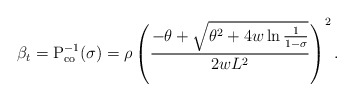
\begin{align*} \beta_t = \textrm{P}_\textrm{co}^{-1}(\sigma) = \rho \left( \frac{-\theta + \sqrt{\theta^2 + 4 w \ln \frac{1}{1-\sigma}}}{2 w L^2} \right)^2.\end{align*}